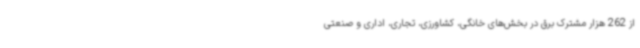
از 262 هزار مشترک برق در بخش‌های خانگی، کشاورزی، تجاری، اداری و صنعتی